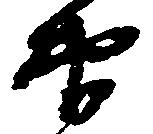
衛